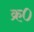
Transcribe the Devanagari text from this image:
क्र०